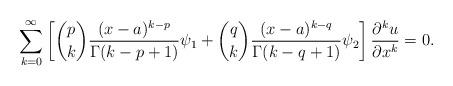
LaTeX: \begin{align*}\sum_{k=0}^\infty\left[\binom{p}{k}\frac{(x-a)^{k-p}}{\Gamma(k-p+1)}\psi_1+\binom{q}{k}\frac{(x-a)^{k-q}}{\Gamma(k-q+1)}\psi_2\right]\frac{\partial^ku}{\partial x^k}=0.\end{align*}